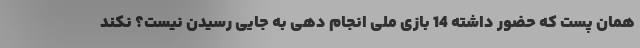
همان پست که حضور داشته 14 بازی ملی انجام دهی به جایی رسیدن نیست؟ نکند